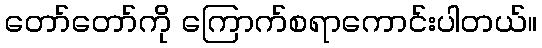
တော်တော်ကို ကြောက်စရာကောင်းပါတယ်။